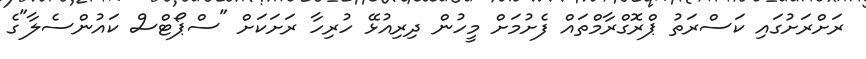
ރަށްރަށުގައި ކަސްރަތު ޕްރޮގްރާމްތައް ފެށުމަށް މީހުން ދިރިއުޅޭ ހުރިހާ ރަށަކަށް "ސްޕޯޓްސް ކައުންސެލާ"ގެ